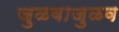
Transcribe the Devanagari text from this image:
जुळवाजुळव